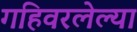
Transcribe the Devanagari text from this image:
गहिवरलेल्या